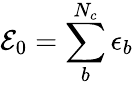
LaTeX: {\cal E}_{0}=\sum_{b}^{N_{c}}\epsilon_{b}